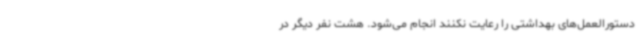
دستورالعمل‌های بهداشتی را رعایت نکنند انجام می‌شود. هشت نفر دیگر در